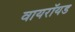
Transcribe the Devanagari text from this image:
वायरॉयड